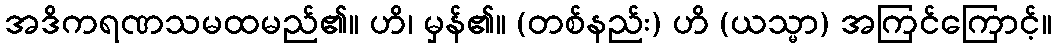
အဒိကရဏသမထမည်၏။ ဟိ၊ မှန်၏။ (တစ်နည်း) ဟိ (ယသ္မာ) အကြင်ကြောင့်။